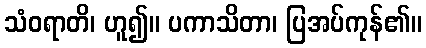
သံဝရာတိ၊ ဟူ၍။ ပကာသိတာ၊ ပြအပ်ကုန်၏။